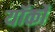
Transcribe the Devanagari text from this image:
यॉर्कों